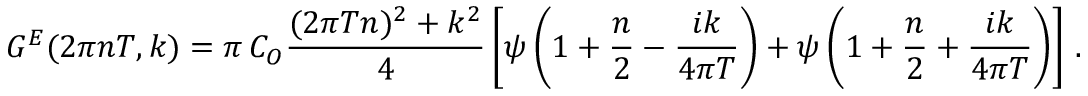
G ^ { E } ( 2 \pi n T , k ) = \pi \, C _ { \cal { O } } { \frac { ( 2 \pi T n ) ^ { 2 } + k ^ { 2 } } { 4 } } \left[ \psi \left( 1 + { \frac { n } { 2 } } - { \frac { i k } { 4 \pi T } } \right) + \psi \left( 1 + { \frac { n } { 2 } } + { \frac { i k } { 4 \pi T } } \right) \right] \, .